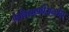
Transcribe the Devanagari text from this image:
कैलिग्राफीअत्यंत